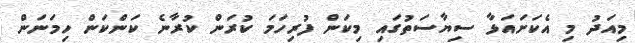
މިއަދު މި އެކަށައަޅާ ސިޔާސަތުގައި މިކަން ފުރިހަމަ ކުރަން ކުރާނެ ކަންކަން ހިމަނަން